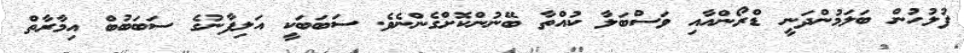
ފުލުހުން ބަލަމުންދަނީ ޑްރޯންއާއި ވަސްބަލާ ކުއްތާ ބޭނުންކޮށްގެންނެވެ. ސަބަބަކީ އަލިފާނުގެ ސަބަބުބް އިމާރާތް